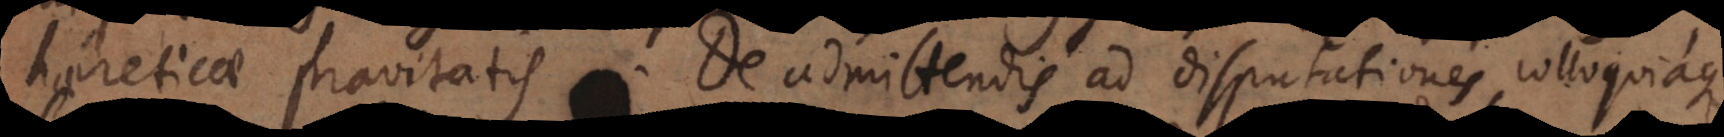
haereticae pravitatis. De admittendis ad disputationes, colloquiaque